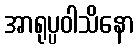
အာရုပ္ပဝါသိနော